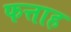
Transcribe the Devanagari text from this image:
फत्ताह